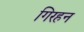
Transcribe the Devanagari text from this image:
गिरहन